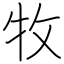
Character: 牧